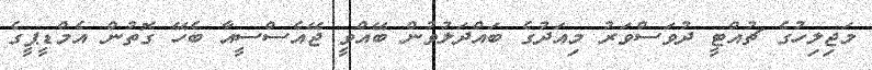
މަޖިލިހުގެ ޗުއްޓީ ދުވަސްވަރު މިއަދުގެ ބައްދަލުވުން ބޭއްވީ ޖޭއެސްސީއާ ބެހޭ ގޮތުން އެމްޑީޕީގެ